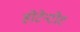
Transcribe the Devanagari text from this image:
होटेन्टोट